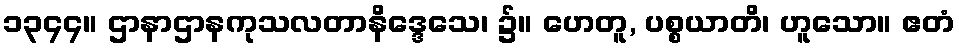
၁၃၄၄။ ဌာနာဌာနကုသလတာနိဒ္ဒေသေ၊ ၌။ ဟေတူ, ပစ္စယာတိ၊ ဟူသော။ ဧတံ